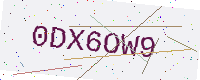
Text: 0DX6OW9